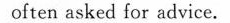
often asked for advice.